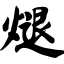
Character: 煺